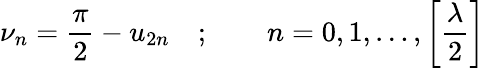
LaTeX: \nu_{n}=\frac{\pi}{2}-u_{2n}\quad;\qquad n=0,1,\dots,\left[\frac{\lambda}{2}\right]